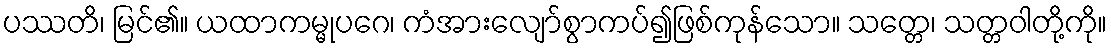
ပဿတိ၊ မြင်၏။ ယထာကမ္မုပဂေ၊ ကံအားလျော်စွာကပ်၍ဖြစ်ကုန်သော။ သတ္တေ၊ သတ္တဝါတို့ကို။